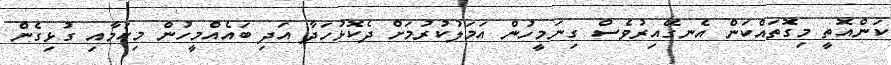
ކަންއޮތީ މިގޮތައްކަން އެނގޭއިރުވެސް ގިނަމީހުން އަމަލުކުރުމަށް ދެކޮޅުހަދާ އަދި ބައެއްމީހުން މިކަމާއި ގުޅިގެން